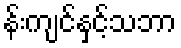
န်းကျင်နှင့်သဘာ